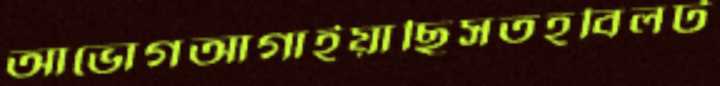
আভোগআগাইয়াছিসতহবিলট